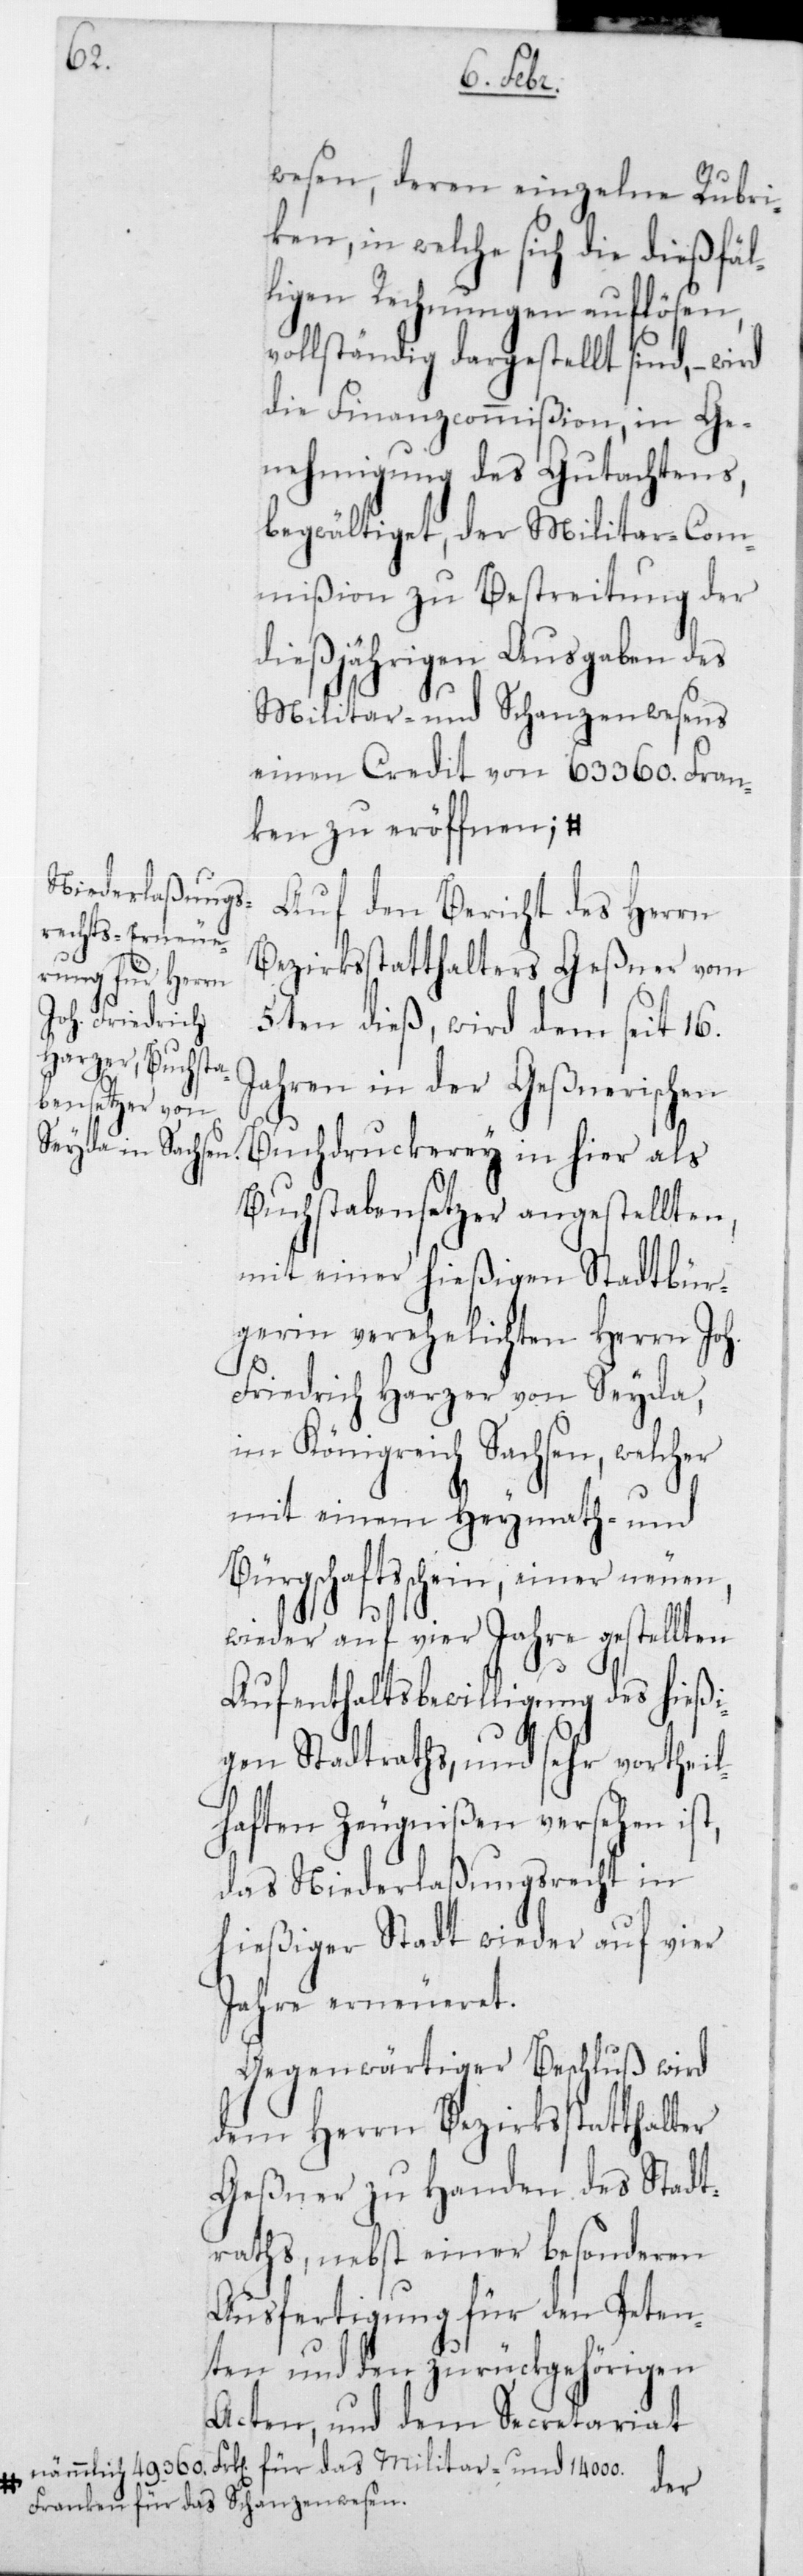
wesen, deren einzelne Rubri¬
ken, in welche sich die dießfäl¬
ligen Rechnungen auflösen,
vollständig dargestellt sind, –
die Finanzcommißion, in Ge¬
nehmigung des Gutachtens
begwältiget, der Militar-Com¬
mißion zu Bestreitung der
dießjährigen Ausgaben des
Militar- und Schanzenwesens
einen Credit von 63360 Fran¬
ken zu eröffnen; a-n¬
Auf den Bericht des Herrn
Bezirksstatthalter Geßner vom
5ten dieß, wird dem seit 16
Jahren in der Geßnerischen
Buchdruckerey in hier als
Buchstabensetzer angestellten,
mit einer hießigen Stadtbür¬
gerin verehelichten Herrn Joh.
Friedrich Harzer von Seyda,
im Königreich Sachsen, welcher
mit einem Heymath- und
Bürgschaftsschein, einer neuen,
wieder auf vier Jahre gestellten
Aufenthaltsbewilligung des hießi¬
gen Stadtraths, und sehr vortheil¬
haften Zeugnißen versehen ist,
das Niederlaßungsrecht in
hießiger Stadt wieder auf vier
Jahre erneueret.
Gegenwärtiger Beschluß wird
dem Herrn Bezirksstatthalter
Geßner zu Handen des Stadt¬
raths, nebst einer besonderen
Ausfertigung für den Peten¬
ten und den zurückgehörigen
Acten, und dem Secretariat
ämmlich 49360 Franken für das Militar- und 14000
Franken für das Schanzenwesen.-a